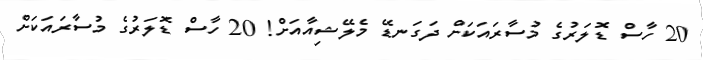
20 ހާސް ޑޮލަރުގެ މުސާރައަކަށް ދަގަނޑޭ މެލޭޝިއާއަށް! 20 ހާސް ޑޮލަރުގެ މުސާރައަކަށް